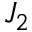
J _ { 2 }